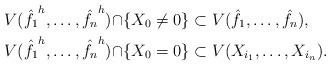
LaTeX: \begin{align*}V(\hat{f_1}^h,\ldots,\hat{f_n}^h) \cap &\{X_0\neq 0\} \subset V(\hat{f_1},\ldots,\hat{f_n}),\\V(\hat{f_1}^h,\ldots,\hat{f_n}^h) \cap &\{X_0=0\}\subset V(X_{i_1},\ldots,X_{i_n}).\end{align*}